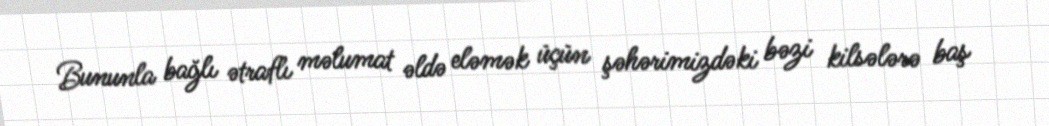
Bununla bağlı ətraflı məlumat əldə eləmək üçün şəhərimizdəki bəzi kilsələrə baş